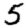
Digit: 5